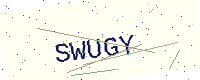
Text: SWUGY